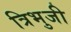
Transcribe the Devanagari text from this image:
त्रिभुजी